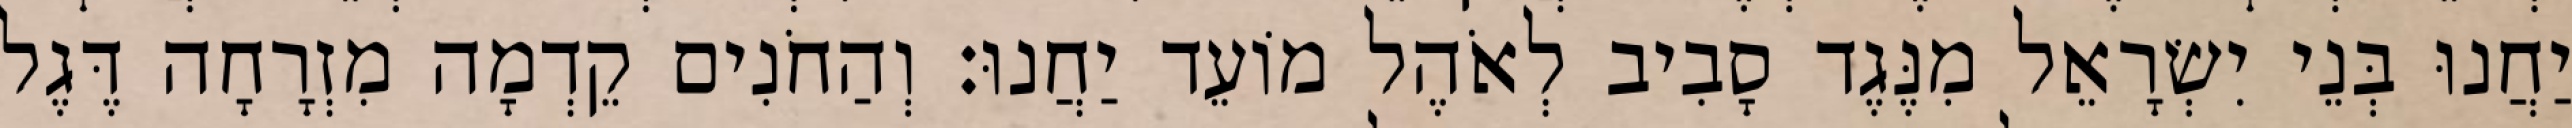
יַחֲנוּ בְּנֵי יִשְׂרָאֵל מִנֶּגֶד סָבִיב לְאֹהֶל מוֹעֵד יַחֲנוּ׃ וְהַחֹנִים קֵדְמָה מִזְרָחָה דֶּגֶל